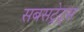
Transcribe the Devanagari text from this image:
सबसट्रेट्स